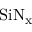
\mathrm { S i N _ { x } }